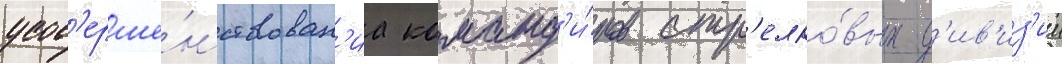
усов'ерше́нствован'иа команд'и́ров стр'елко́вых д'ив'из'ии